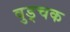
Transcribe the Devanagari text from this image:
वुड्चक